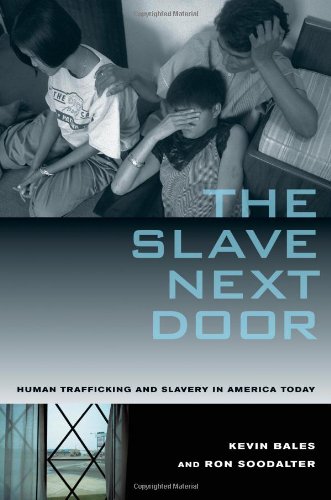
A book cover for The Slave Next Door: Human Trafficking and Slavery in America Today; Kevin Bales; Business & Money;